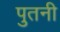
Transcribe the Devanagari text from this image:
पुतनी